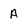
Character: A